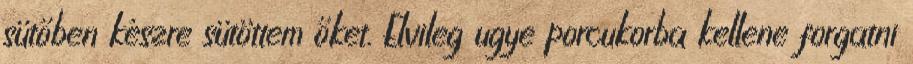
sütőben készre sütöttem őket. Elvileg ugye porcukorba kellene forgatni